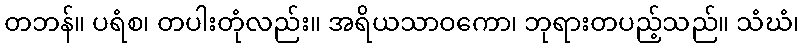
တဘန်။ ပရံစ၊ တပါးတုံလည်း။ အရိယသာဝကော၊ ဘုရားတပည့်သည်။ သံဃံ၊